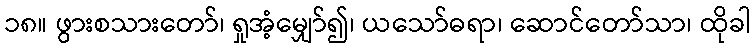
၁၈။ ဖွားစသားတော်၊ ရှုအံ့မျှော်၍၊ ယသော်ဓရာ၊ ဆောင်တော်သာ၊ ထိုခါ